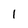
Character: 1